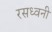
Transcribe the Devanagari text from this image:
रसध्वनी